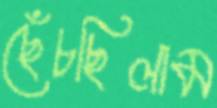
ছেঁচছিলাম